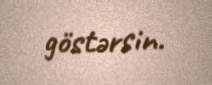
göstərsin.